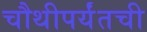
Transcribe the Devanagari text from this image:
चौथीपर्यंतची